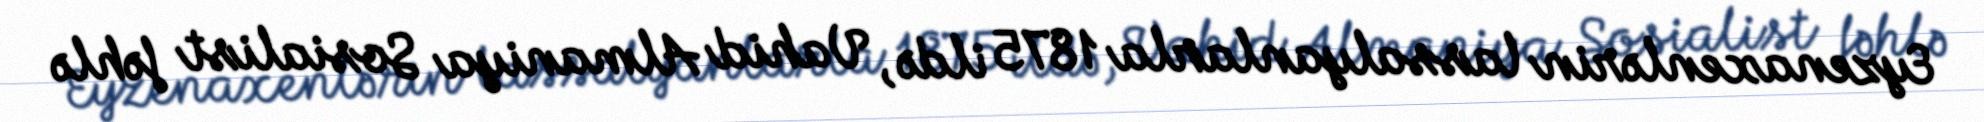
Eyzenaxenlərin lassalyanlarla 1875 ildə, Vahid Almaniya Sosialist fəhlə